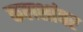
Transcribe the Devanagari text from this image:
कलशांवर